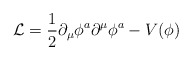
\begin{align*}{\cal L}={1\over 2}\partial_\mu\phi^a\partial^\mu\phi^a-V(\phi )\end{align*}